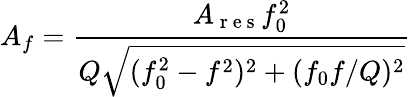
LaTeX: A_{f}=\frac{A_{\mathrm{~r~e~s~}}f_{0}^{2}}{Q\sqrt{(f_{0}^{2}-f^{2})^{2}+(f_{0}f/Q)^{2}}}